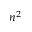
n ^ { 2 }